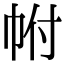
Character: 𢂆